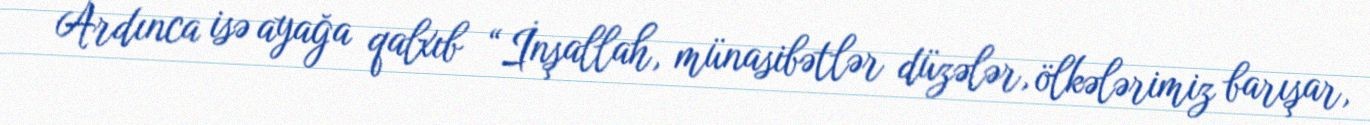
Ardınca isə ayağa qalxıb “İnşallah, münasibətlər düzələr, ölkələrimiz barışar,